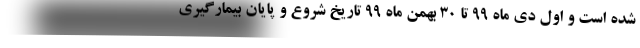
شده است و اول دی ماه ۹۹ تا ۳۰ بهمن ماه ۹۹ تاریخ شروع و پایان بیمارگیری